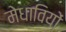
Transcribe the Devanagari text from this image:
मेधावियों